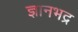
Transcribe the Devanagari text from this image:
ज्ञानभद्र